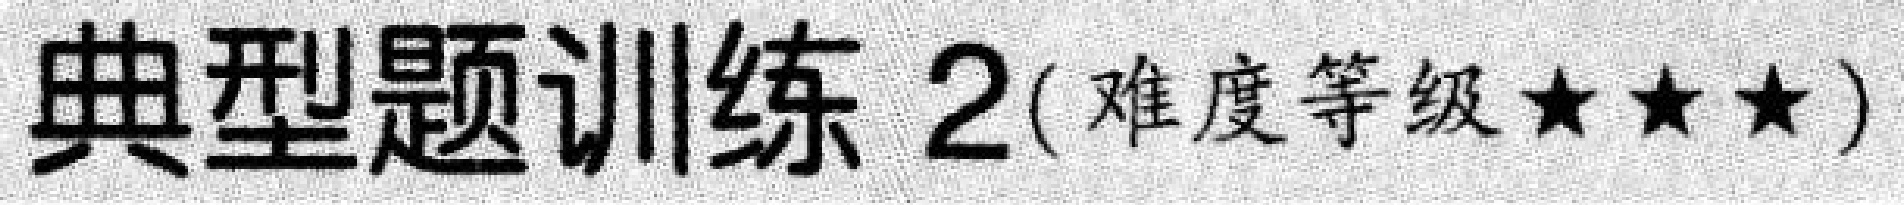
典型题训练 2(难度等级★★★)